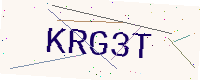
Text: KRG3T